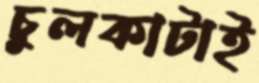
চুলকাটাই